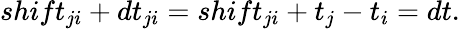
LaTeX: shift_{ji}+dt_{ji}=shift_{ji}+t_{j}-t_{i}=dt.